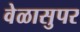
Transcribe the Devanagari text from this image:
वेळासुपर